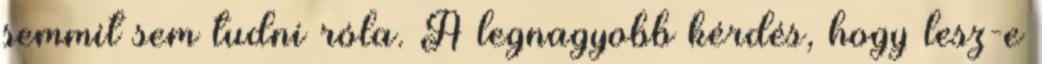
semmit sem tudni róla. A legnagyobb kérdés, hogy lesz-e